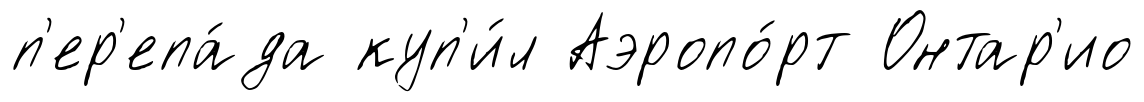
п'ер'епа́да куп'и́л Аэропо́рт Онтар'ио